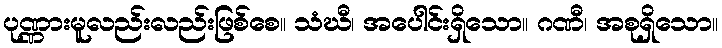
ပုဏ္ဏားမူလည်းလည်းဖြစ်စေ။ သံဃီ၊ အပေါင်းရှိသော။ ဂဏီ၊ အစုရှိသော။